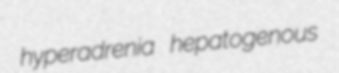
hyperadrenia hepatogenous